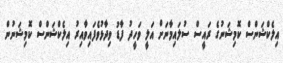
އިލެކްޝަންސް ކޮމިޝަނުގެ ރައީސް ސުލައިމާނަށް އަލީ ވަހީދު ފާޑު ވިދާޅުވެފައިވާއިރު އިލެކްޝަންސް ކޮމިޝަނުން